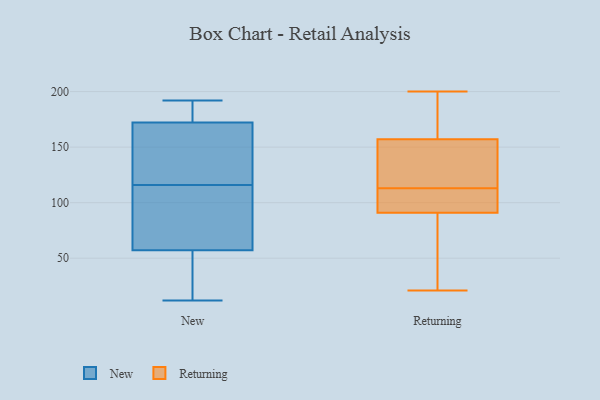
{"axis": {"x": "Revenue (USD Million)", "y": "Value"}, "legend": ["New", "Returning"], "data": [{"x": "", "y": 167, "type": "New"}, {"x": "", "y": 176, "type": "New"}, {"x": "", "y": 19, "type": "New"}, {"x": "", "y": 192, "type": "New"}, {"x": "", "y": 52, "type": "New"}, {"x": "", "y": 116, "type": "New"}, {"x": "", "y": 88, "type": "New"}, {"x": "", "y": 12, "type": "New"}, {"x": "", "y": 188, "type": "New"}, {"x": "", "y": 150, "type": "New"}, {"x": "", "y": 171, "type": "New"}, {"x": "", "y": 33, "type": "New"}, {"x": "", "y": 60, "type": "New"}, {"x": "", "y": 59, "type": "New"}, {"x": "", "y": 160, "type": "New"}, {"x": "", "y": 177, "type": "New"}, {"x": "", "y": 73, "type": "New"}, {"x": "", "y": 157, "type": "Returning"}, {"x": "", "y": 200, "type": "Returning"}, {"x": "", "y": 94, "type": "Returning"}, {"x": "", "y": 110, "type": "Returning"}, {"x": "", "y": 187, "type": "Returning"}, {"x": "", "y": 159, "type": "Returning"}, {"x": "", "y": 116, "type": "Returning"}, {"x": "", "y": 98, "type": "Returning"}, {"x": "", "y": 155, "type": "Returning"}, {"x": "", "y": 136, "type": "Returning"}, {"x": "", "y": 21, "type": "Returning"}, {"x": "", "y": 52, "type": "Returning"}, {"x": "", "y": 68, "type": "Returning"}, {"x": "", "y": 91, "type": "Returning"}]}